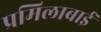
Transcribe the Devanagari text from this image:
प्रमिलाबाई